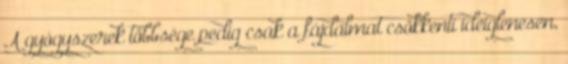
A gyógyszerek többsége pedig csak a fájdalmat csökkenti ideiglenesen,